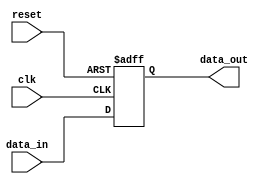
module parameterized_register #(
    parameter WIDTH = 8 // Default width is set to 8 bits, customizable
) (
    input wire clk,           // Clock signal
    input wire reset,         // Asynchronous reset signal
    input wire [WIDTH-1:0] data_in, // Input data to be stored
    output reg [WIDTH-1:0] data_out // Output stored data
);

// Initialize the register value
initial begin
    data_out = {WIDTH{1'b0}}; // Initialize to zero
end

// Always block triggered on the clock edge or reset
always @(posedge clk or posedge reset) begin
    if (reset) begin
        // Reset the register to zero when reset is asserted
        data_out <= {WIDTH{1'b0}};
    end else begin
        // Latch the input data on rising edge of the clock
        data_out <= data_in;
    end
end

endmodule